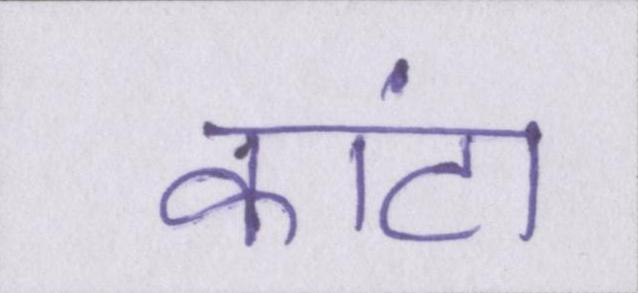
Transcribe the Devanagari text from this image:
कांटा